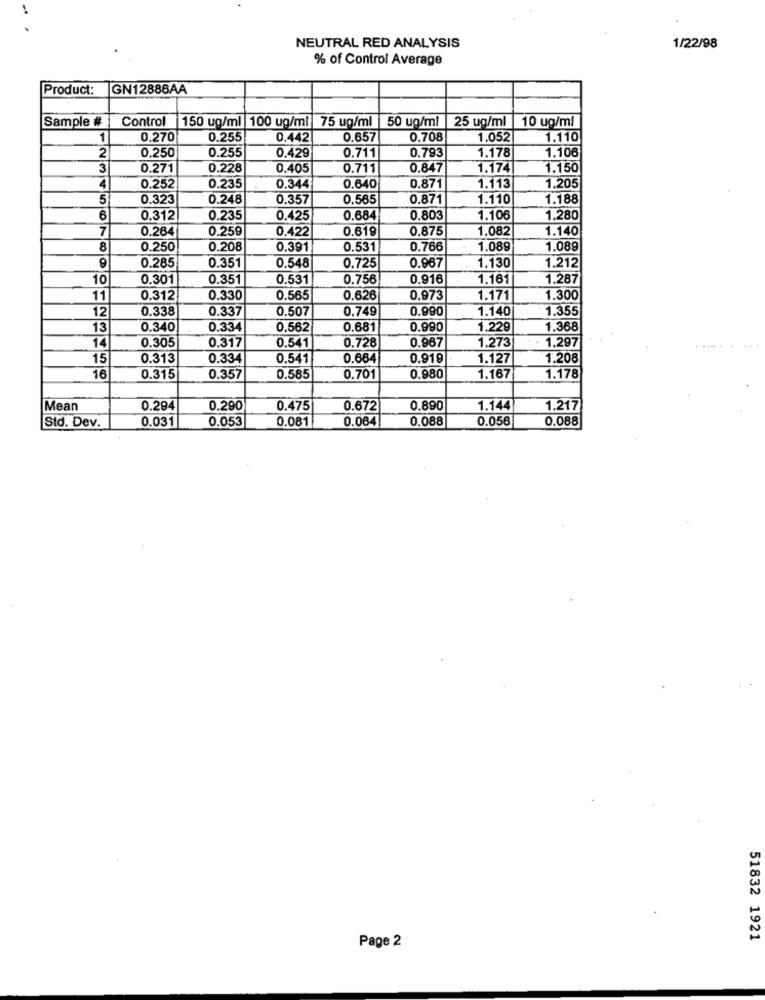
NEUTRAL RED ANALYSIS
1/22/98
% of Control Average
Product:
GN12886AA
Sample #
Control
150 ug/ml 100 ug/ml 75 ug/ml |50 ug/ml
25 ug/ml
10 ug/ml
1
0.270
0.255
0.442
0.657
0.708
1.052
1.110
0.711
1.178
1.106
2
0.250
0.255
0.429
0.793
3
0.271
0.228
0.405
0.711
0.847
1.174
1.150
4
0.252
0.235
0.344
0.640
0.871
1.113
1.205
5
0.323
0.248
0.357
0.565
0.871
1.110
1.188
6
0.312
0.235
0.425
0.684
0.803
1.106
1.280
7
0.264
0.259
0.422
0.619
0.875
1.082
1.140
8
0.250
0.208
0.391
0.531
0.766
1.089
1.089
0.285
0.351
0.725
0.548
0.967
1.130
1.212
10
0.301
0.351
0.531
0.756
0.916
1.161
1.287
11
0.312
0.330
0.565
0.626
0.973
1.171
1.300
12
0.338
0.337
0.507
0.749
0.990
1.140
1.355
13
0.340
0.334
0.562
0.681
0.990
1.229
1.368
14
0,305
0.317
0.728
0.967
1.273
1.297
0.541
15
0.313
0.334
0.541
0.664
0.919
1.127
1.208
16
0.315
0.357
0.585
0.701
0.980
1.167
1.178
Mean
0.294
0.290
0.475
0.672
0.890
1.144
1.217
Std. Dev.
0.031
0.053
0.081
0.064
0.088
0.056
0.088
51832 1921
Page 2